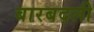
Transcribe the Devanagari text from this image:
बारबदली